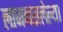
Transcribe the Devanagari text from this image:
लाजनसलेल्या